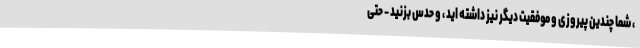
، شما چندین پیروزی و موفقیت دیگر نیز داشته اید ، و حدس بزنید - حتی